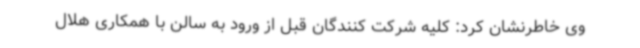
وی خاطرنشان کرد: کلیه شرکت کنندگان قبل از ورود به سالن با همکاری هلال